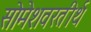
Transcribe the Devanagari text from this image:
सोमेशवरतीर्थ